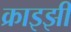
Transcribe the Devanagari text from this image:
क्राइझी